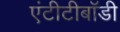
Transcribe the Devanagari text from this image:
एंटीटीबॉडी